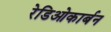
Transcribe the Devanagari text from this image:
रेडिओकार्बन